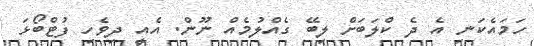
ހަމައެކަނި އެ ދެ ކްލަބަށް ލިބޭ ގެއްލުމެއް ނޫން. އެއީ ދިވެހި ފުޓްބޯޅަ